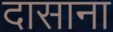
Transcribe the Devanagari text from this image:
दासाना